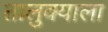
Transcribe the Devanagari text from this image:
तालुक्‍याला